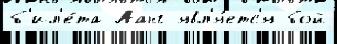
б'ил'е́та Аанг явл'я́етс'я бой